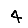
Digit: 4